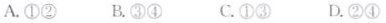
A.①② B.③④ C.①③ D.②④